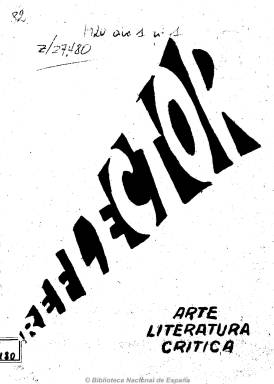
Título: Reflector (Madrid)
Colección: Literatura || Arte
Ámbito geográfico: Madrid
Lugar de publicación: Madrid
Fechas: 01/12/1920-31/12/1920

Primer y único número de esta revista plenamente ultraísta, el movimiento que pretendió superar al modernismo precedente, y que viene a sustituir en este empeño a la sevillana-madrileña Grecia (1918-1920), que se publica en diciembre de 1920, fundada y dirigida por el malogrado poeta cántabro José de Ciria y Esclalante (1903-1924), al que Guillermo de Torre (1900-1971), su secretario de redacción, le calificaría más tarde de “ultraísta de secuencia creacionista”. La redacción y administración de la revista estará en el madrileño Hotel Palace, donde el adinerado Ciria vivía con su madre, e indicará que su tirada mínima será de 1.000 ejemplares.

Se trata de una entrega de 28 páginas y gran valor, cuya portada, además de otros dibujos del interior que interpretan algunos textos, es obra del pintor uruguayo Rafael Barradas (1890-1929). La revista también incluye dos grabados en madera de la artista plástica Norah Borges (1901-1998), mujer de De Torre y hermana del escritor Jorge Luis Borges (1899-1986), quien también publica en sus páginas por vez primera su texto ‘Vertical’. Como revista ilustrada reproduce también dos pinturas de Pablo Picasso (1881-1973) de su época cubista, entre las que se encuentra un Arlequín, y dos obras del escultor también cubista Jacques Lipchitz (1891-1973), que comenta el propio De Torre.

La revista comienza con un artículo de presentación e inserta una carta abierta a Ciria, de Juan Ramón Jiménez, y tres poesías inéditas del poeta de Moguer; así como otros poemas de Ciria, Gerardo Diego, J. Rivas Panedas, Adolfo Salazar, Adriano del Valle, Isaac del Vando-Villar, Francisco Vighi e Philippe Soupault y Paul Eluard (en francés); así como una página en prosa de Ramón Gómez de la Serna y una sección de reseñas de libros de De Torre. Destaca también la publicidad comercial de una revista de la que se ha dicho que tuvo una cuidadosa elaboración artesanal, y que también incluye una larga lista de “algunos” de los que iban a ser sus colaboradores, entre poetas, escritores y artistas plásticos, tanto españoles como hispanoamericanos, italianos, alemanes y franceses, entre los que cita a Louis Aragon, Celine Arnauld, Mauricio Bacarisse, André Bretón, Antonio Espina García, Pedro Garfias, Juan Larrea, Ernesto López-Parra (que después sería ‘excomulgado’ del ultraísmo), Eugenio Montes, Alfonso Reyes, Adolfo Salazar, F.T. Marinetti, Giovani Papini, Ezra Pound, Tristán Tzara o Daniel Vázquez Díaz.

Entre sus principales estudiosos se encuentra Francisco Javier Díez de Revenga, y fue editada en facsímil, junto a otros documentos relativos a ella, como encarte en la revista santanderina Peña Labra, en su número invierno 1975-1976.